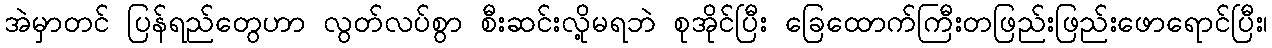
အဲမှာတင် ပြန်ရည်တွေဟာ လွတ်လပ်စွာ စီးဆင်းလို့မရဘဲ စုအိုင်ပြီး ခြေထောက်ကြီးတဖြည်းဖြည်းဖောရောင်ပြီး၊